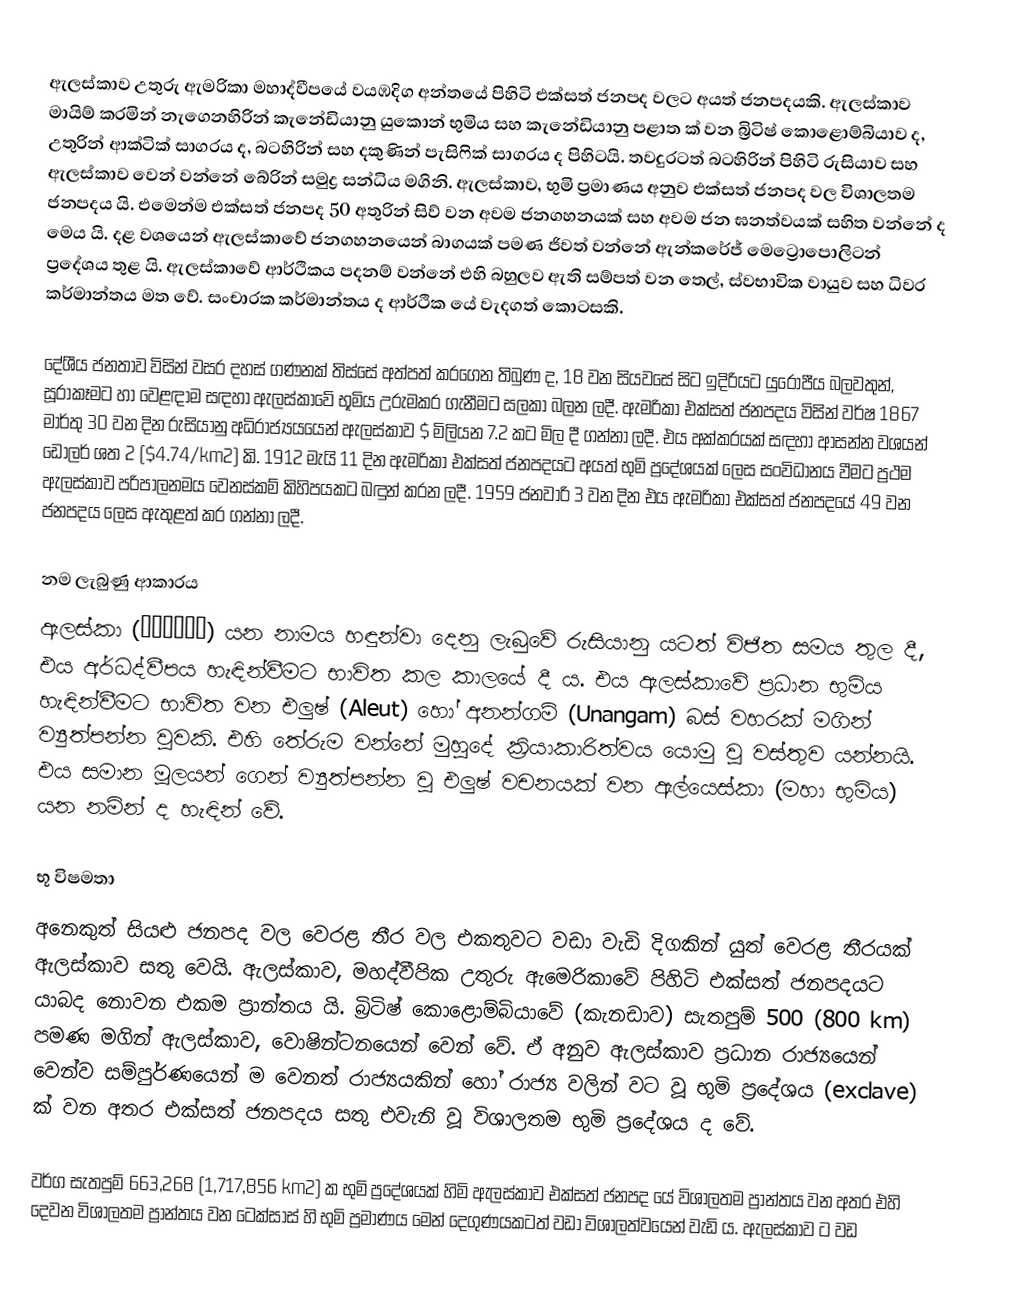
ඇලස්කාව උතුරු ඇමරිකා මහාද්වීපයේ වයඹදිග අන්තයේ පිහිටි එක්සත් ජනපද වලට අයත් ජනපදයකි. ඇලස්කාව මායිම් කරමින් නැගෙනහිරින් කැනේඩියානු යුකොන් භුමිය සහ කැනේඩියානු පළාත ක් වන බ්‍රිටිෂ් කොළොම්බියාව ද, උතුරින් ආක්ටික් සාගරය ද, බටහිරින් සහ දකුණින් පැසිෆික් සාගරය ද පිහිටයි. තවදුරටත් බටහිරින් පිහිටි රුසියාව සහ ඇලස්කාව වෙන් වන්නේ බේරින් සමුද්‍ර සන්ධිය මගිනි. ඇලස්කාව, භුමි ප්‍රමාණය අනුව එක්සත් ජනපද වල විශාලතම ජනපදය යි. එමෙන්ම එක්සත් ජනපද 50 අතුරින් සිව් වන අවම ජනගහනයක් සහ අවම ජන ඝනත්වයක් සහිත වන්නේ ද මෙය යි. දළ වශයෙන් ඇලස්කාවේ ජනගහනයෙන් බාගයක් පමණ ජිවත් වන්නේ ඇන්කරේජ් මෙට්‍රොපොලිටන් ප්‍රදේශය තුළ යි. ඇලස්කාවේ ආර්ථිකය පදනම් වන්නේ එහි බහුලව ඇති සම්පත් වන තෙල්, ස්වභාවික වායුව සහ ධිවර කර්මාන්තය මත වේ. සංචාරක කර්මාන්තය ද ආර්ථික යේ වැදගත් කොටසකි.

දේශීය ජනතාව විසින් වසර දහස් ගණනක් තිස්සේ අත්පත් කරගෙන තිබුණ ද, 18 වන සියවසේ සිට ඉදිරියට යුරෝපීය බලවතුන්, සූරාකෑමට හා වෙළඳාම සඳහා ඇලස්කාවේ භූමිය උරුමකර ගැනීමට සලකා බලන ලදී. ඇමරිකා එක්සත් ජනපදය විසින් වර්ෂ 1867 මාර්තු 30 වන දින රුසියානු අධිරාජ්‍යයයෙන් ඇලස්කාව $ මිලියන 7.2 කට මිල දී ගන්නා ලදී. එය අක්කරයක් සඳහා ආසන්න වශයන් ඩොලර් ශත 2 ($4.74/km2) කි. 1912 මැයි 11 දින ඇමරිකා එක්සත් ජනපදයට අයත් භුමි ප්‍රදේශයක් ලෙස සංවිධානය වීමට ප්‍රථම ඇලස්කාව පරිපාලනමය වෙනස්කම් කිහිපයකට බඳුන් කරන ලදී. 1959 ජනවාරි 3 වන දින එය ඇමරිකා එක්සත් ජනපදයේ 49 වන ජනපදය ලෙස ඇතුළත් කර ගන්නා ලදී.

නම ලැබුණු ආකාරය
ඇලස්කා (Аляска) යන නාමය හඳුන්වා දෙනු ලැබුවේ රුසියානු යටත් විජිත සමය තුල දී, එය අර්ධද්වීපය හැඳින්වීමට භාවිත කල කාලයේ දී ය. එය ඇලස්කාවේ ප්‍රධාන භුමිය හැඳින්වීමට භාවිත වන එලුෂ් (Aleut) හෝ අනන්ගම් (Unangam) බස් වහරක් මගින් ව්‍යුත්පන්න වූවකි. එහි තේරුම වන්නේ මුහුදේ ක්‍රියාකාරිත්වය යොමු වූ වස්තුව යන්නයි. එය සමාන මූලයන් ගෙන් ව්‍යුත්පන්න වූ එලුෂ් වචනයක් වන ඇල්යෙස්කා (මහා භුමිය) යන නමින් ද හැඳින් වේ.

භූ විෂමතා
අනෙකුත් සියළු ජනපද වල වෙරළ තීර වල එකතුවට වඩා වැඩි දිගකින් යුත් වෙරළ තීරයක් ඇලස්කාව සතු වෙයි. ඇලස්කාව, මහද්වීපික උතුරු ඇමෙරිකාවේ පිහිටි එක්සත් ජනපදයට යාබද නොවන එකම ප්‍රාන්තය යි. බ්‍රිටිෂ් කොළොම්බියාවේ (කැනඩාව) සැතපුම් 500 (800 km) පමණ මගින් ඇලස්කාව, වොෂින්ටනයෙන් වෙන් වේ. ඒ අනුව ඇලස්කාව ප්‍රධාන රාජ්‍යයෙන් වෙන්ව සම්පුර්ණයෙන් ම වෙනත් රාජ්‍යයකින් හෝ රාජ්‍ය වලින් වට වූ භුමි ප්‍රදේශය (exclave) ක් වන අතර එක්සත් ජනපදය සතු එවැනි වූ විශාලතම භුමි ප්‍රදේශය ද වේ.

වර්ග සැතපුම් 663,268 (1,717,856 km2) ක භුමි ප්‍රදේශයක් හිමි ඇලස්කාව එක්සත් ජනපද යේ විශාලතම ප්‍රාන්තය වන අතර එහි දෙවන විශාලතම ප්‍රාන්තය වන ටෙක්සාස් හි භුමි ප්‍රමාණය මෙන් දෙගුණයකටත් වඩා විශාලත්වයෙන් වැඩි ය. ඇලස්කාව ට වඩ